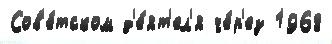
Сов'е́тском д'е́ят'ел'я че́р'ез 1968